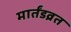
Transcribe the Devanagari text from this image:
मार्तंडव्रत